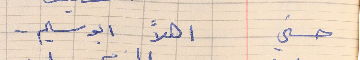
حسني    اهلاً ابو سليم . .